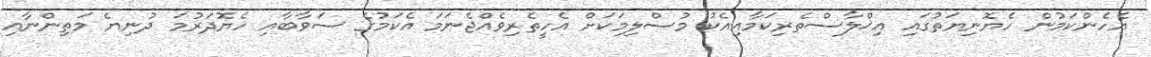
އެހެންކަމުން ހެޔޮނިޔަތުގައި އިޚްލާސްތެރިކަމާއިއެކު މުސްލިމަކަށް އެހީތެރިވެއްޖެނަމަ އެކަމުގެ ސަވާބާއި ހެޔޮދަރުމަ ދުނިޔެ މަތިންނާއި